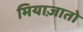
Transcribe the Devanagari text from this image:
मियाज़ातो